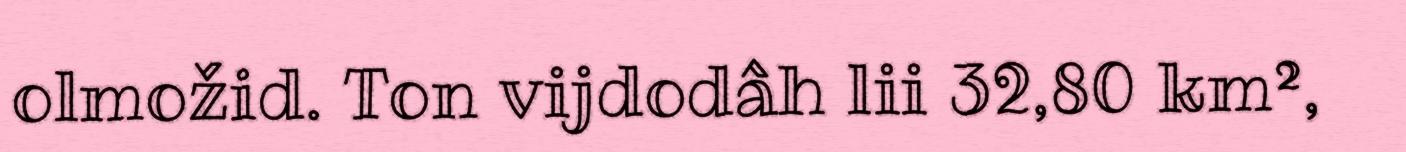
olmožid. Ton vijdodâh lii 32,80 km²,